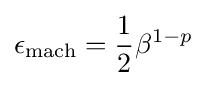
\epsilon _{\text{mach}}={\frac {1}{2}}\beta ^{1-p}